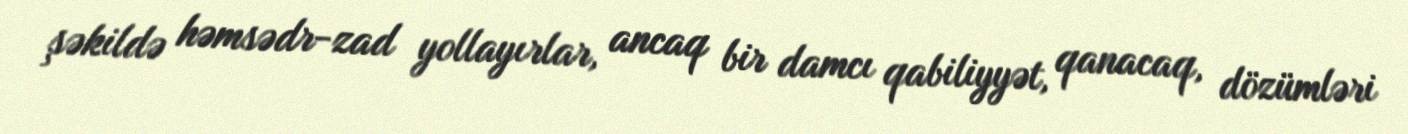
şəkildə həmsədr-zad yollayırlar, ancaq bir damcı qabiliyyət, qanacaq, dözümləri